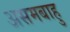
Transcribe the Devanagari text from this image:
असमबाहु